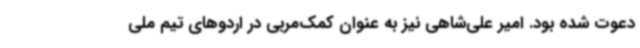
دعوت شده بود. امیر علی‌شاهی نیز به عنوان کمک‌مربی در اردوهای تیم ملی